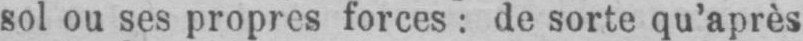
sol ou ses propres forces: de sorte qu’après